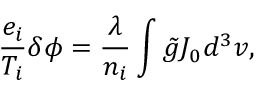
\frac { e _ { i } } { T _ { i } } \delta \phi = \frac { \lambda } { n _ { i } } \int \tilde { g } J _ { 0 } d ^ { 3 } v ,